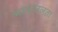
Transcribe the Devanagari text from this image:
भावतरलता